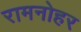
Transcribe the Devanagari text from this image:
रामनोहर